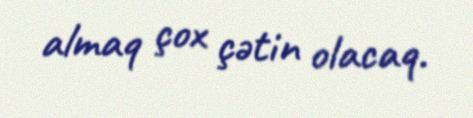
almaq çox çətin olacaq.